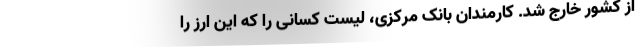
از کشور خارج شد. کارمندان بانک مرکزی، لیست کسانی را که این ارز را